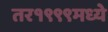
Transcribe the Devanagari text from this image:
तर१९९९मध्ये